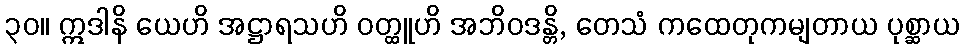
၃၀။ ဣဒါနိ ယေဟိ အဋ္ဌာရသဟိ ဝတ္ထူဟိ အဘိဝဒန္တိ, တေသံ ကထေတုကမျတာယ ပုစ္ဆာယ